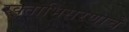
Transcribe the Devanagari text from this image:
रक्ताभिसरणाचे